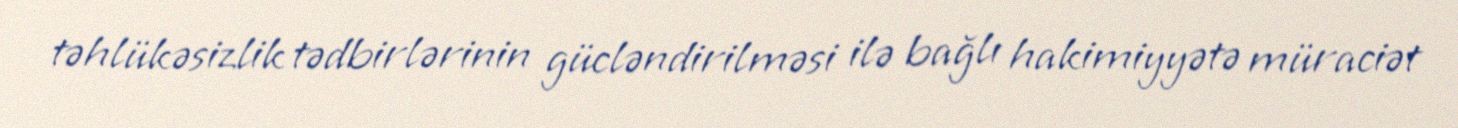
təhlükəsizlik tədbirlərinin gücləndirilməsi ilə bağlı hakimiyyətə müraciət